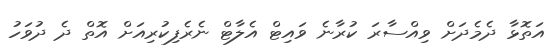
އަތޮޅާ ދެމެދަށް ވިއްސާރަ ކުރާނެ ވައިޓް އެލާޓް ނެރެފިކުރިއަށް އޮތް ދެ ދުވަހު